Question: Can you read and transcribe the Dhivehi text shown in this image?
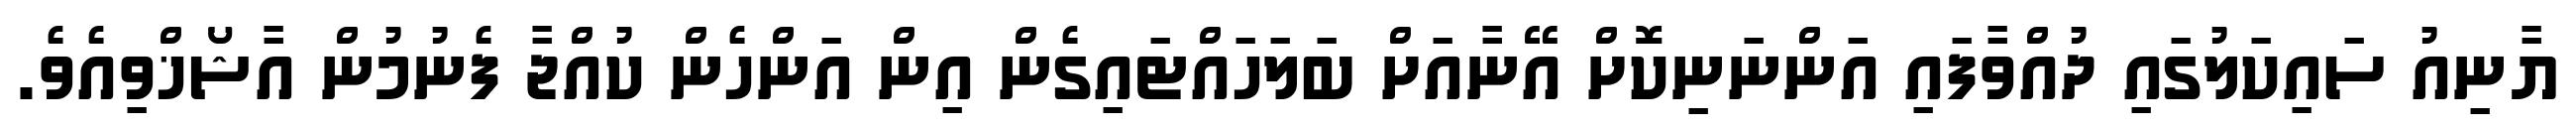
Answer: ޔާނިއު ސައިކަލުގައި ދުއްވާފައި އަންނަނިކޮށް އޭނާއަށް ބަލަހައްޓައިގެން އިން އަންހެން ކުއްޖާ ފެނުމުން އާޝޯޚްވިއެވެ.